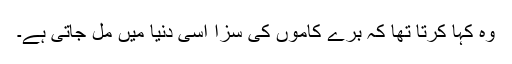
وہ کہا کرتا تھا کہ برے کاموں کی سزا اسی دنیا میں مل جاتی ہے۔